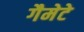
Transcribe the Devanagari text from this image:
गैमेटे